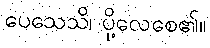
ပေသေသိ၊ ပို့လေစေ၏။